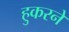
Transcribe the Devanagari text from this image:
हुकरने